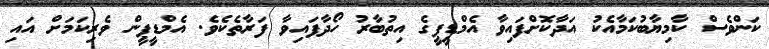
ކަންވެސް ކާމިޔާބުކަމާއެކު އަދާކޮށްފައިވާ އެމްޑީޕީގެ އިތުބާރު ހޯދާފައިވާ ފަރާތެކެވެ. އެމްޑީޕީން ވެރިކަމަށް އައި